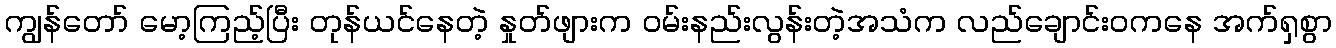
ကျွန်တော် မော့ကြည့်ပြီး တုန်ယင်နေတဲ့ နှုတ်ဖျားက ဝမ်းနည်းလွန်းတဲ့အသံက လည်ချောင်းဝကနေ အက်ရှစွာ